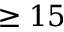
\geq 1 5